Scottish Leaving Certificate Examination, 1956
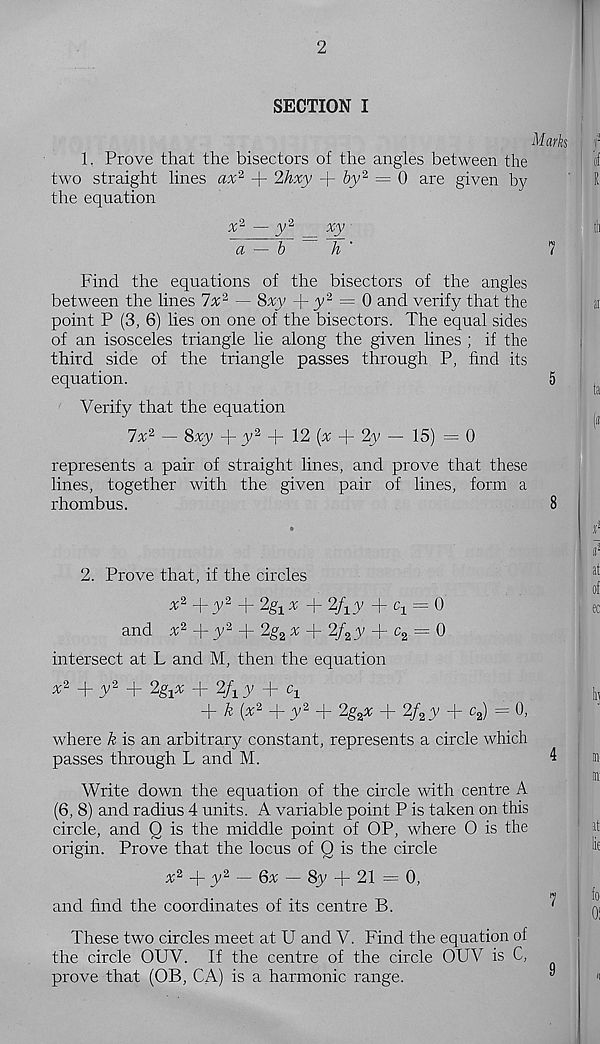
2
SECTION I
1. Prove that the bisectors of the angles between the
two straight lines a% 2 + 2hxy
by % = 0 are given by
the equation
Marks
r
b
xy
h '
Find the equations of the bisectors of the angles
between the lines lx* 1 — 8xy
y' 2 = § and verify that the
point P (3, 6) lies on one of the bisectors. The equal sides
of an isosceles triangle lie along the given lines ; if the
third side of the triangle passes through P, find its
equation.
Verify that the equation
7% 2 — 8xy + y 2 + 12
+ 2y
15) = 0
represents a pair of straight lines, and prove that these
lines, together with the given pair of lines, form a
rhombus.
2. Prove that, if the circles
' 2 +y 2 + 2g 1 x + 2f iy + c x
and % 2 + y 2 + 2g 2 % + 2/ 2 y + c 2 = 0
intersect at L and M, then the equation
y 2 + 2g^ + 2/i y + q
+ ^ (^2 + y 2 + 2g z x + 2/ 2 y + c 2 ) = 0,
where k is an arbitrary constant, represents a circle which
passes through L and M.
Write down the equation of the circle with centre A
(6, 8) and radius 4 units. A variable point P is taken on this
circle, and Q is the middle point of OP, where 0 is the
origin. Prove that the locus of Q is the circle
+ y 2 — 6* — 8y + 21 = q
and find the coordinates of its centre B.
These two circles meet at U and V. Find the equation of
the circle OUV. If the centre of the circle OUV is C,
prove that (OB, CA) is a harmonic range.